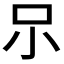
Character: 𱒃